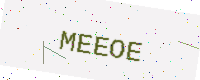
Text: MEEOE